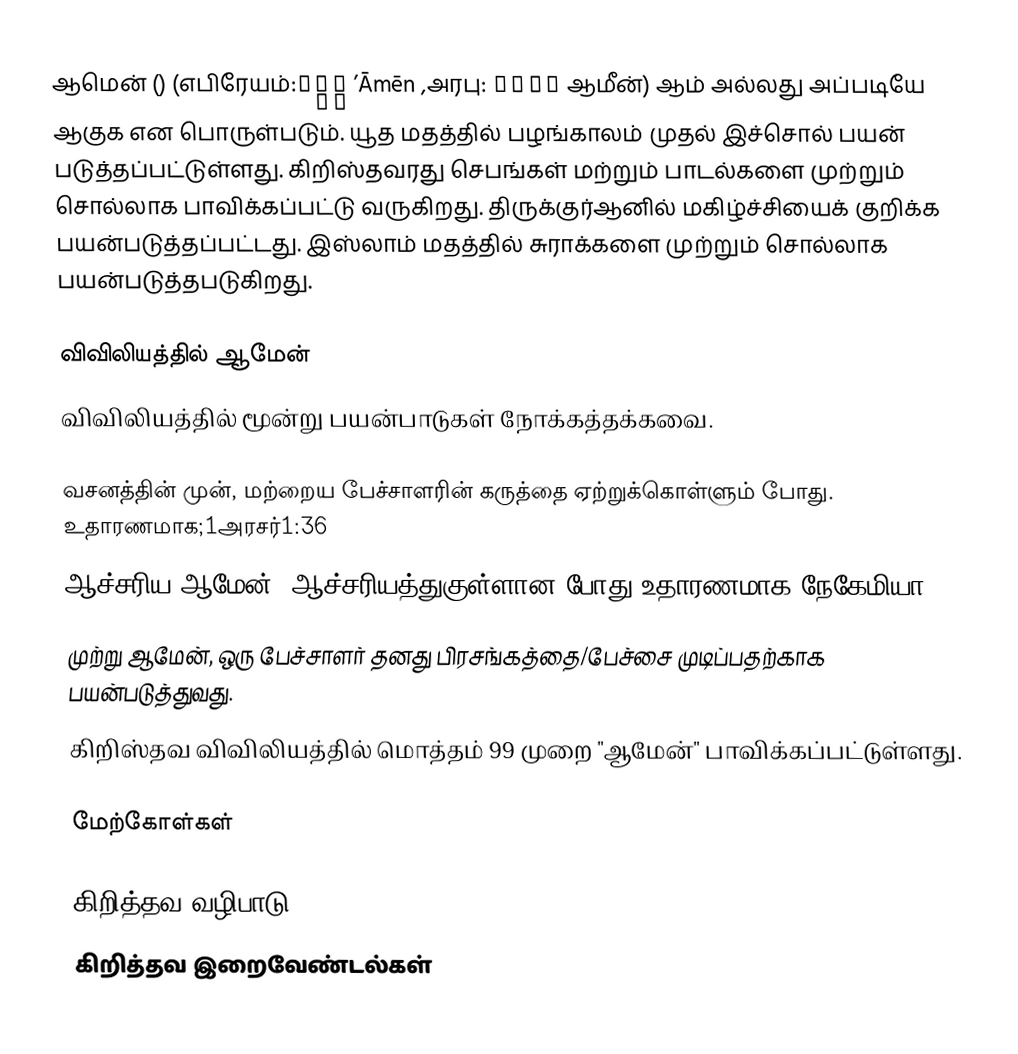
ஆமென் () (எபிரேயம்:אָמֵן ’Āmēn ,அரபு: آمين ஆமீன்) ஆம் அல்லது அப்படியே ஆகுக என பொருள்படும். யூத மதத்தில் பழங்காலம் முதல் இச்சொல் பயன் படுத்தப்பட்டுள்ளது. கிறிஸ்தவரது செபங்கள் மற்றும் பாடல்களை முற்றும் சொல்லாக பாவிக்கப்பட்டு வருகிறது. திருக்குர்ஆனில் மகிழ்ச்சியைக் குறிக்க பயன்படுத்தப்பட்டது. இஸ்லாம் மதத்தில் சுராக்களை முற்றும் சொல்லாக பயன்படுத்தபடுகிறது.

விவிலியத்தில் ஆமேன்
விவிலியத்தில் மூன்று பயன்பாடுகள் நோக்கத்தக்கவை.

வசனத்தின் முன், மற்றைய பேச்சாளரின் கருத்தை ஏற்றுக்கொள்ளும் போது. உதாரணமாக;1அரசர்1:36
ஆச்சரிய ஆமேன், ஆச்சரியத்துகுள்ளான போது.உதாரணமாக;நேகேமியா 5:13
முற்று ஆமேன், ஒரு பேச்சாளர் தனது பிரசங்கத்தை/பேச்சை முடிப்பதற்காக பயன்படுத்துவது.
கிறிஸ்தவ விவிலியத்தில் மொத்தம் 99 முறை "ஆமேன்" பாவிக்கப்பட்டுள்ளது.

மேற்கோள்கள்

கிறித்தவ வழிபாடு
கிறித்தவ இறைவேண்டல்கள்